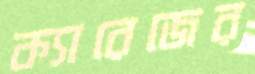
ক্যারেজের